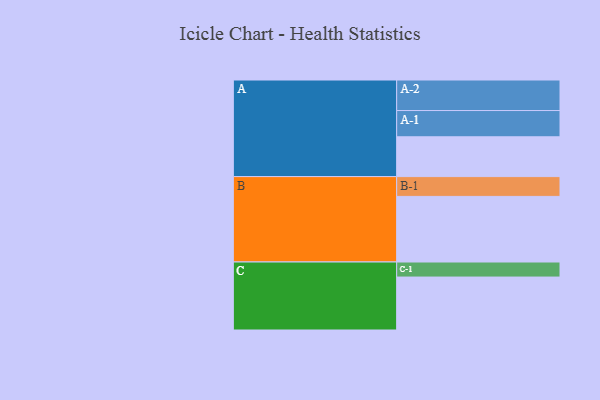
{"axis": {"x": "Segment", "y": "Value"}, "legend": ["", "A", "B", "C"], "data": [{"x": "A", "y": 352, "type": ""}, {"x": "B", "y": 580, "type": ""}, {"x": "C", "y": 468, "type": ""}, {"x": "A-1", "y": 232, "type": "A"}, {"x": "A-2", "y": 270, "type": "A"}, {"x": "B-1", "y": 175, "type": "B"}, {"x": "C-1", "y": 133, "type": "C"}]}